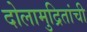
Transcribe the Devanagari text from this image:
दोलामुद्रितांची